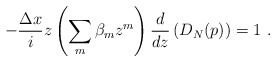
\begin{align*}-{\Delta x\over i} z \left( \sum_m\beta_m z^m\right){d\over dz} \left(D_N(p)\right) = 1\ .\end{align*}